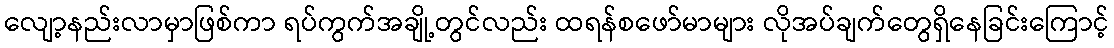
လျော့နည်းလာမှာဖြစ်ကာ ရပ်ကွက်အချို့တွင်လည်း ထရန်စဖော်မာများ လိုအပ်ချက်တွေရှိနေခြင်းကြောင့်